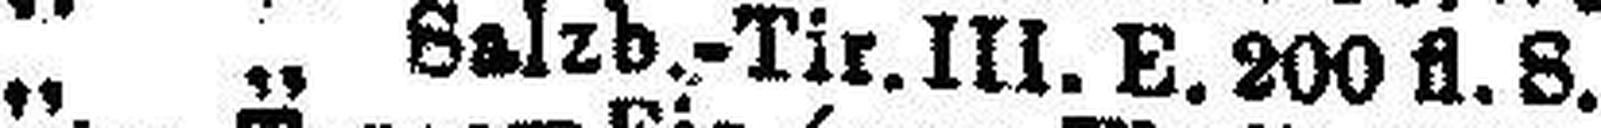
„ „ Salzb.-Tir. III. E. 200 fl. S.